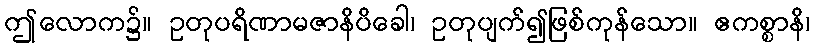
ဤလောက၌။ ဥတုပရိဏာမဇာနိပိခေါ၊ ဥတုပျက်၍ဖြစ်ကုန်သော။ ဧကစ္စာနိ၊